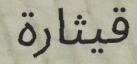
قيثارة